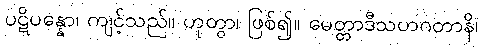
ပဋိပန္နော၊ ကျင့်သည်။ ဟုတွာ၊ ဖြစ်၍။ မေတ္တာဒီသဟဂတာနိ၊